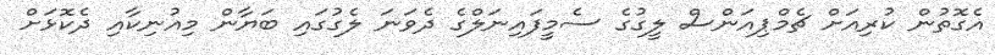
އެގޮތުން ކުރިއަށް ޗެމްޕިއަންސް ލީގުގެ ސެމީފައިނަލްގެ ދެވަނަ ލެގުގައި ބަޔާން މިއުނިކާއި ދެކޮޅަށް